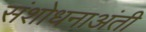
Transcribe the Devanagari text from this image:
संशोधनाअंती